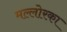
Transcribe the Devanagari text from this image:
मल्लोरका